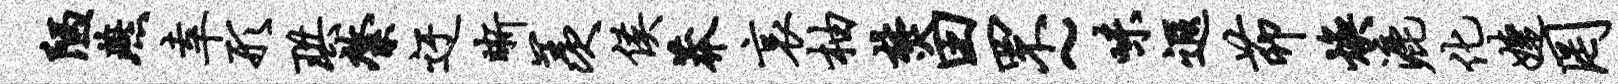
陋燕幸形珙綮迂晰羡侯莽哀柚焚田罘~味遐茆焕漉化婕罔